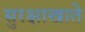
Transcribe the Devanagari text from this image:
सुरक्षाखाते